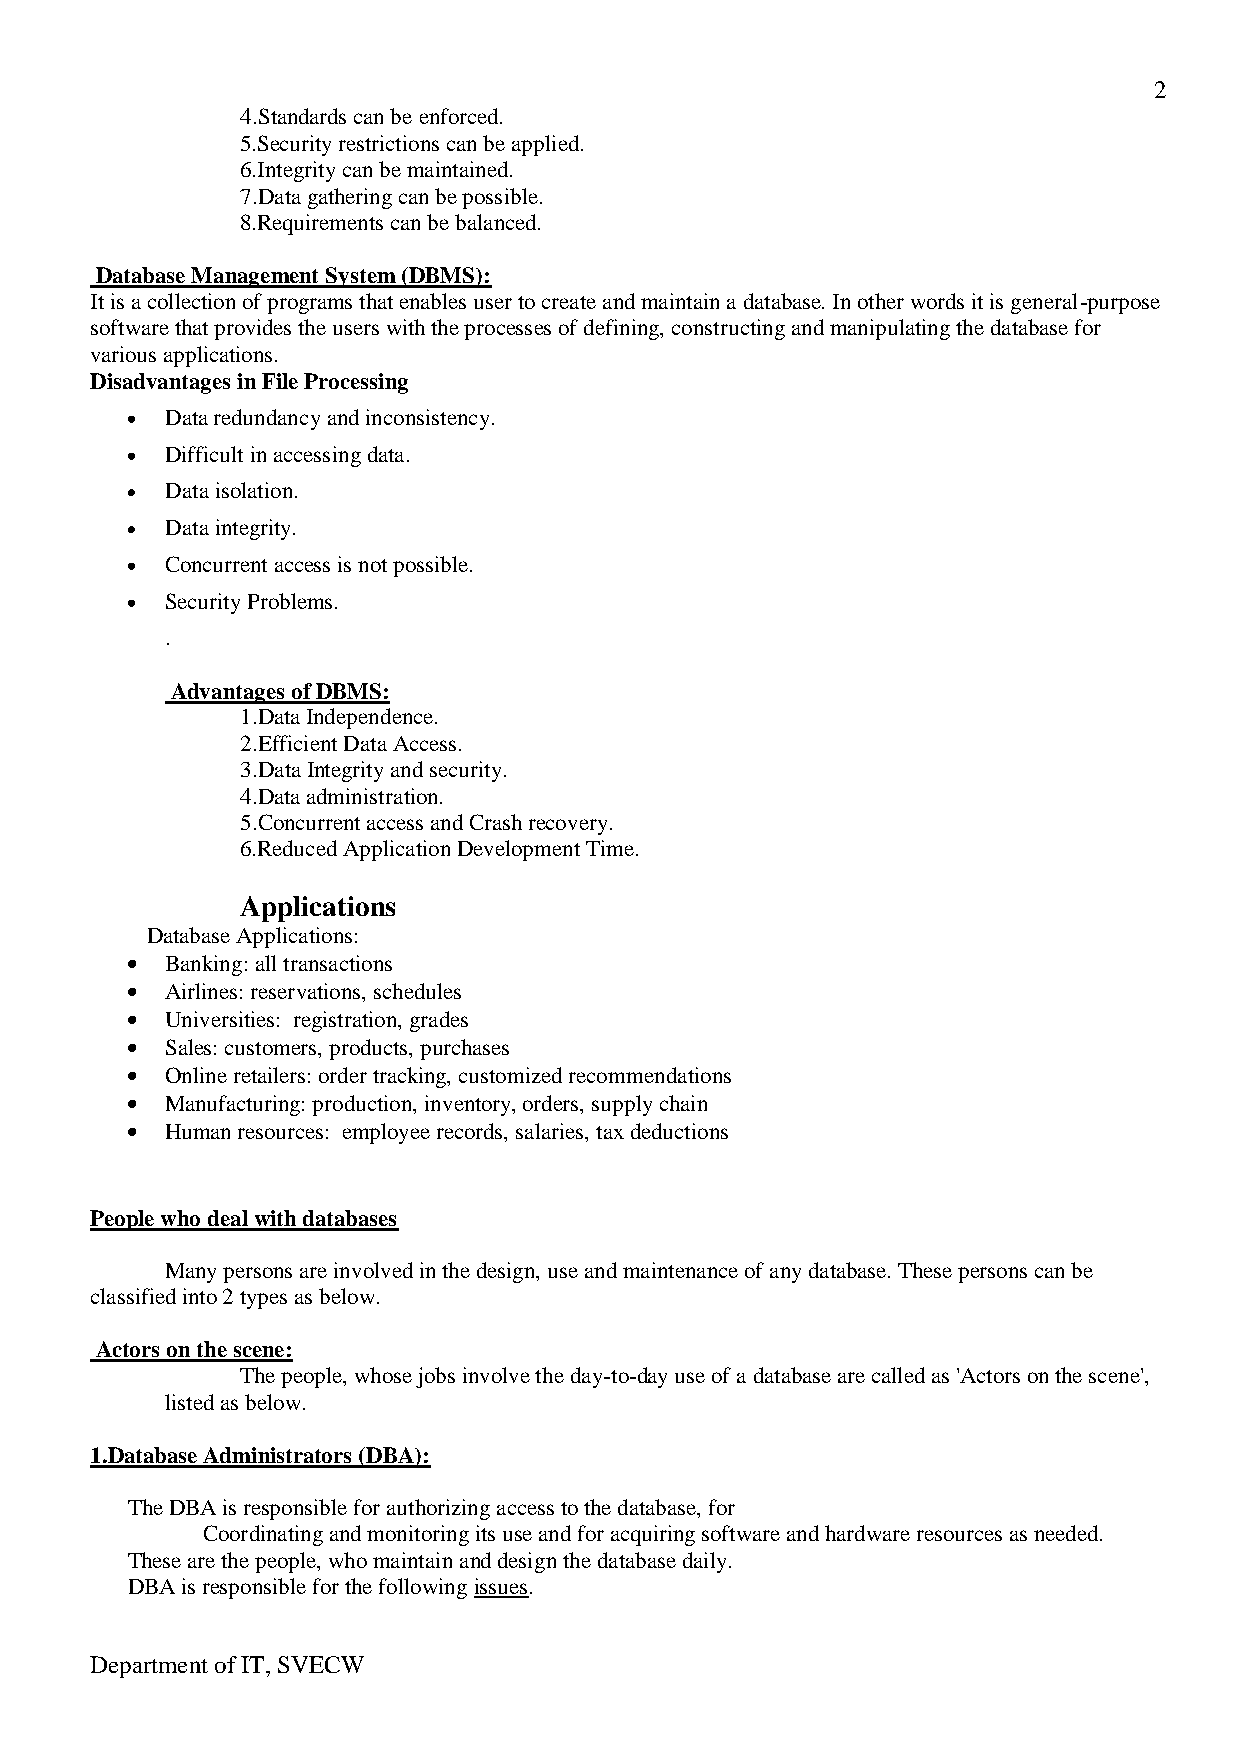
2
 4.Standards can be enforced.
 5.Security restrictions can be applied.
 6.Integrity can be maintained.
 7.Data gathering can be possible.
 8.Requirements can be balanced.
 Database Management System (DBMS):
 It is a collection of programs that enables user to create and maintain a database. In other words it is general-purpose
 software that provides the users with the processes of defining, constructing and manipulating the database for
 various applications.
 Disadvantages in File Processing
 Data redundancy and inconsistency.
 Difficult in accessing data.
 Data isolation.
 Data integrity.
 Concurrent access is not possible.
 Security Problems.
 .
 Advantages of DBMS:
 1.Data Independence.
 2.Efficient Data Access.
 3.Data Integrity and security.
 4.Data administration.
 5.Concurrent access and Crash recovery.
 6.Reduced Application Development Time.
 Applications
 Database Applications:
 Banking: all transactions
 Airlines: reservations, schedules
 Universities: registration, grades
 Sales: customers, products, purchases
 Online retailers: order tracking, customized recommendations
 Manufacturing: production, inventory, orders, supply chain
 Human resources: employee records, salaries, tax deductions
 People who deal with databases
 Many persons are involved in the design, use and maintenance of any database. These persons can be
 classified into 2 types as below.
 Actors on the scene:
 The people, whose jobs involve the day-to-day use of a database are called as 'Actors on the scene',
 listed as below.
 1.Database Administrators (DBA):
 The DBA is responsible for authorizing access to the database, for
 Coordinating and monitoring its use and for acquiring software and hardware resources as needed.
 These are the people, who maintain and design the database daily.
 DBA is responsible for the following issues.
 Department of IT, SVECW